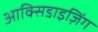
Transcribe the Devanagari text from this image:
आक्सिडाइज़िंग